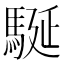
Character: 駳